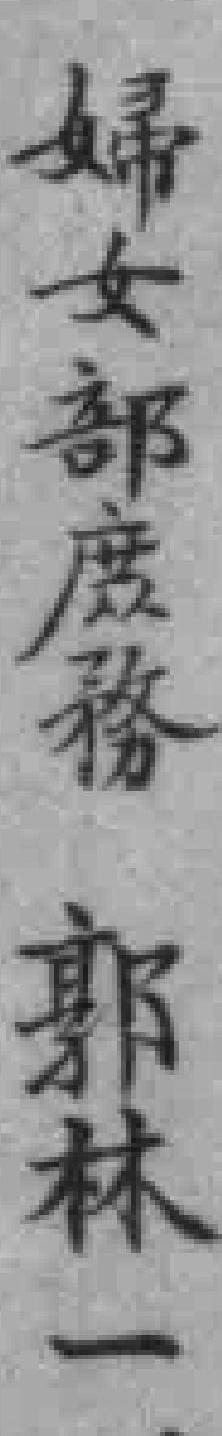
婦女部庻務  郭林一